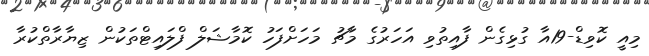
މިއީ ކޮވިޑް-19އާ ގުޅިގެން ފާއިތުވި އަހަރުގެ މާޗު މަހަށްފަހު ކޮމާޝަލް ފްލައިޓްތަކުން ޒިޔާރާތްކުރާ